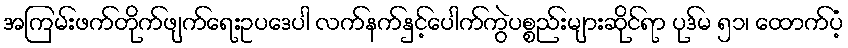
အကြမ်းဖက်တိုက်ဖျက်ရေးဥပဒေပါ လက်နက်နှင့်ပေါက်ကွဲပစ္စည်းများဆိုင်ရာ ပုဒ်မ ၅၁၊ ထောက်ပံ့